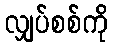
လျှပ်စစ်ကို